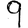
Digit: 9